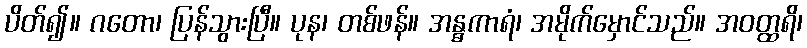
ပိတ်၍။ ဂတော၊ ပြန်သွားပြီ။ ပုန၊ တစ်ဖန်။ အန္ဓကာရံ၊ အမိုက်မှောင်သည်။ အဝတ္ထရိ၊